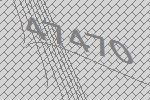
47470